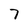
Character: 7